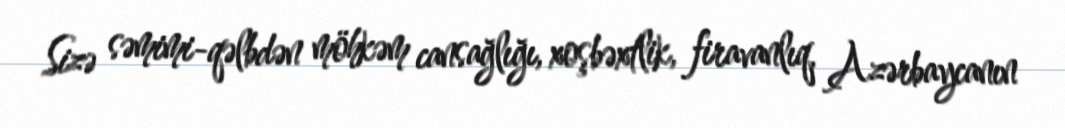
Sizə səmimi-qəlbdən möhkəm cansağlığı, xoşbəxtlik, firavanlıq, Azərbaycanın